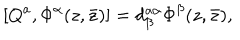
LaTeX: [ Q ^ { a } , \Phi ^ { \alpha } ( z , \bar { z } ) ] = d _ { \beta } ^ { a \alpha } \Phi ^ { \beta } ( z , \bar { z } ) ,